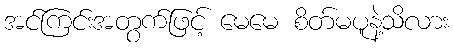
အင်ကြင်းအတွက်ဖြင့် မေမေ စိတ်မပူနဲ့သိလား